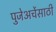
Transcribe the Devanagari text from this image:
पुजेअर्चेसाठी